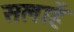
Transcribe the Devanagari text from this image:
सलाहें